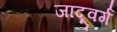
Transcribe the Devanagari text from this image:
जादूवर्ग